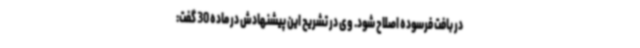
در بافت فرسوده اصلاح شود. وی در تشریح این پیشنهادش در ماده 30 گفت: